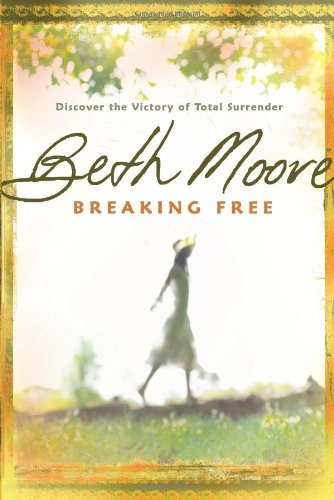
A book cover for Breaking Free: Discover the Victory of Total Surrender; Beth Moore; Christian Books & Bibles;